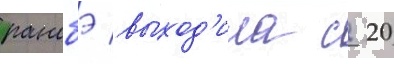
ранобэ выход'ила с 20